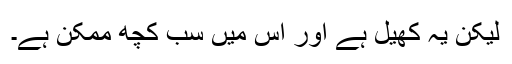
لیکن یہ کھیل ہے اور اس میں سب کچھ ممکن ہے۔